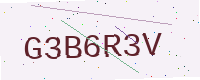
Text: G3B6R3V